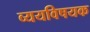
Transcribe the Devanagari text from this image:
व्ययविषयक